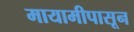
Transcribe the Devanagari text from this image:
मायामीपासून